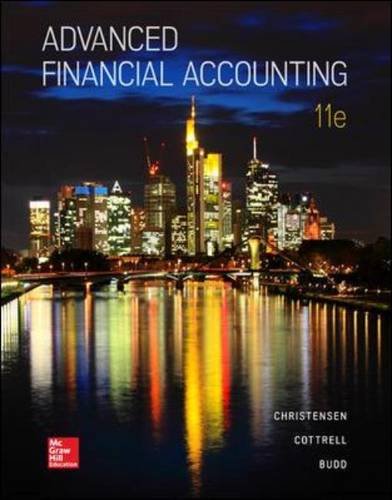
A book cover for Advanced Financial Accounting; Theodore Christensen; Business & Money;